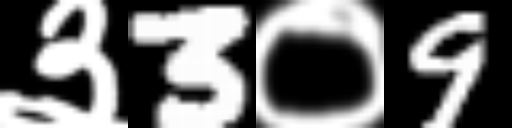
Text: ३3०9